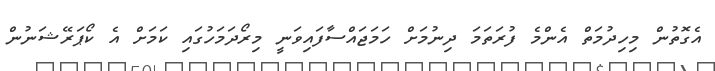
އެގޮތުން މިހިދުމަތް އެންމެ ފުރަތަމަ ދިނުމަށް ހަމަަޖައްސާފައިވަނީ މިރޯދަމަހުގައި ކަމަށް އެ ކޯޕަރޭޝަނުން